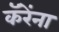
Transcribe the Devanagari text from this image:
कॅरेंना